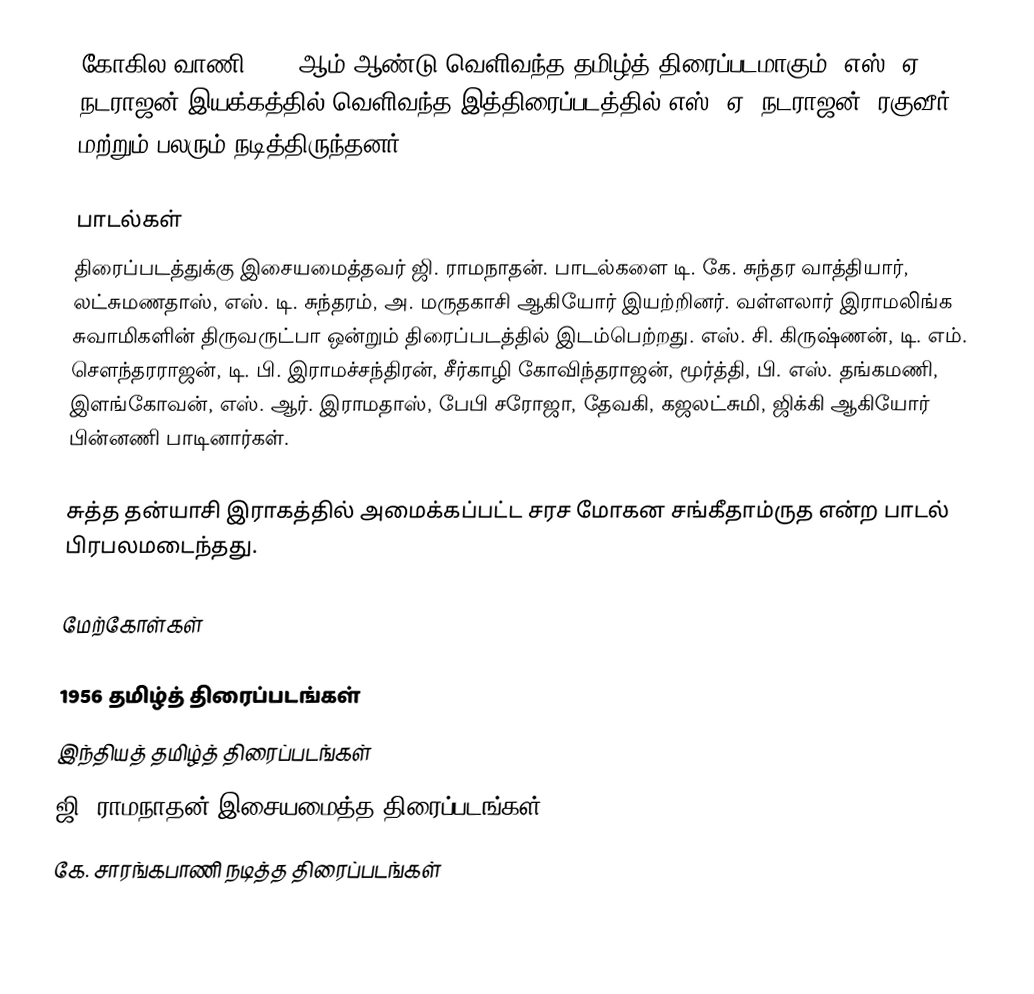
கோகில வாணி 1956 ஆம் ஆண்டு வெளிவந்த தமிழ்த் திரைப்படமாகும். எஸ். ஏ. நடராஜன் இயக்கத்தில் வெளிவந்த இத்திரைப்படத்தில் எஸ். ஏ. நடராஜன், ரகுவீர் மற்றும் பலரும் நடித்திருந்தனர்.

பாடல்கள்
திரைப்படத்துக்கு இசையமைத்தவர் ஜி. ராமநாதன். பாடல்களை டி. கே. சுந்தர வாத்தியார், லட்சுமணதாஸ், எஸ். டி. சுந்தரம், அ. மருதகாசி ஆகியோர் இயற்றினர். வள்ளலார் இராமலிங்க சுவாமிகளின் திருவருட்பா ஒன்றும் திரைப்படத்தில் இடம்பெற்றது. எஸ். சி. கிருஷ்ணன், டி. எம். சௌந்தரராஜன், டி. பி. இராமச்சந்திரன், சீர்காழி கோவிந்தராஜன், மூர்த்தி, பி. எஸ். தங்கமணி, இளங்கோவன், எஸ். ஆர். இராமதாஸ், பேபி சரோஜா, தேவகி, கஜலட்சுமி, ஜிக்கி ஆகியோர் பின்னணி பாடினார்கள்.

சுத்த தன்யாசி இராகத்தில் அமைக்கப்பட்ட சரச மோகன சங்கீதாம்ருத என்ற பாடல் பிரபலமடைந்தது.

மேற்கோள்கள்

1956 தமிழ்த் திரைப்படங்கள்
இந்தியத் தமிழ்த் திரைப்படங்கள்
ஜி. ராமநாதன் இசையமைத்த திரைப்படங்கள்
கே. சாரங்கபாணி நடித்த திரைப்படங்கள்